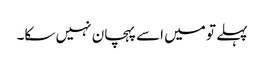
پہلے تو میں اسے پہچان نہیں سکا۔